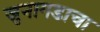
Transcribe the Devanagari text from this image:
जुनागडाचा